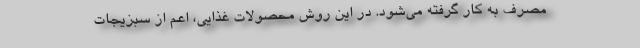
مصرف به کار گرفته می‌شود. در این روش محصولات غذایی، اعم از سبزیجات